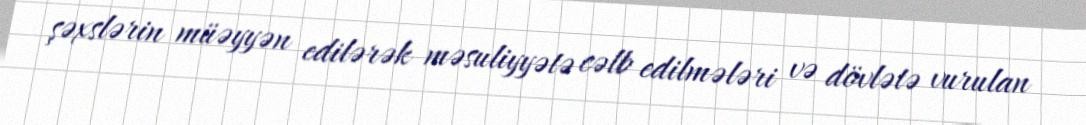
şəxslərin müəyyən edilərək məsuliyyətə cəlb edilmələri və dövlətə vurulan